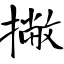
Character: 撇